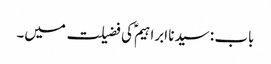
باب : سیدنا ابراہیمؑ کی فضیلت میں۔